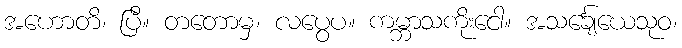
အဟောတိ၊ ပြီ။ တတောမှ၊ လပွေပ။ ကမ္ဘာသကိုးငေါ။ အသင်္ချေယေသုဝ၊